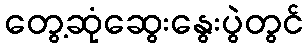
တွေ့ဆုံဆွေးနွေးပွဲတွင်